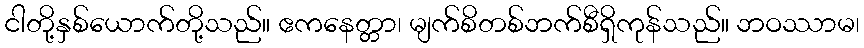
ငါတို့နှစ်ယောက်တို့သည်။ ဧကနေတ္တာ၊ မျက်စိတစ်ဘက်စီရှိကုန်သည်။ ဘဝဿာမ၊